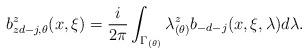
LaTeX: \begin{align*}b^z_{zd-j,\theta}(x,\xi)={i\over 2\pi}\int_{\Gamma_{(\theta)}}\lambda_{(\theta)}^z b_{-d-j}(x,\xi,\lambda)d\lambda.\end{align*}